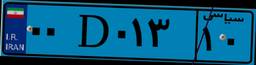
۰۰D۰۱۳۱۰